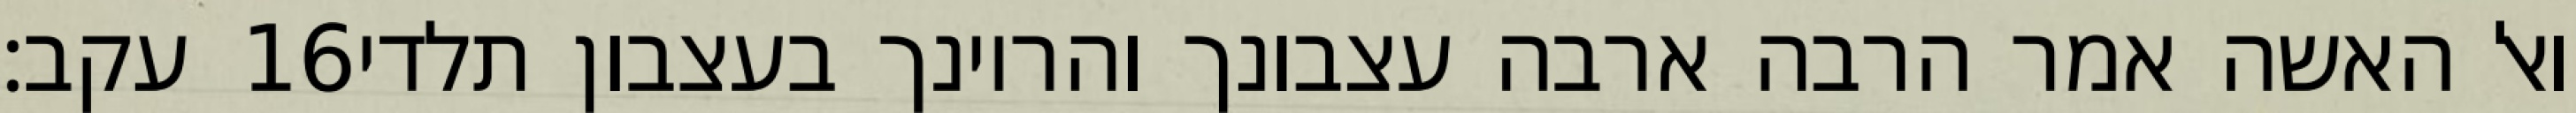
עקב׃ ‎16‏ ואל האשה אמר הרבה ארבה עצבונך והריונך בעצבון תלדי